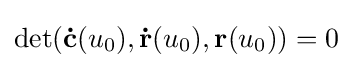
\det(\mathbf {\dot {c}} (u_{0}),\mathbf {\dot {r}} (u_{0}),\mathbf {r} (u_{0}))=0